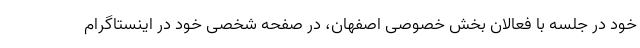
خود در جلسه با فعالان بخش خصوصی اصفهان، در صفحه شخصی خود در اینستاگرام